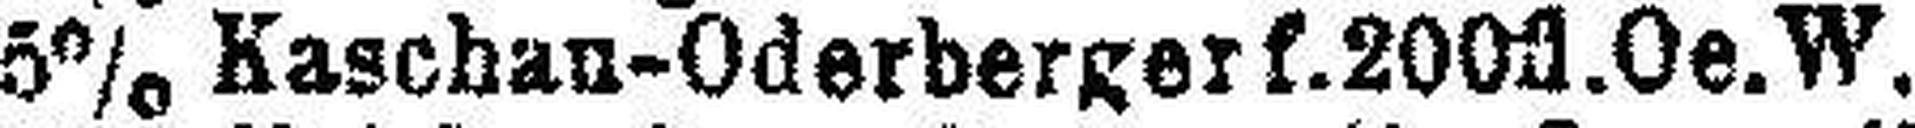
5% Kaschan-Oderberger f.200fl.Oe.W.